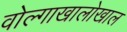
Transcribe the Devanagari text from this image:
वोल्गाखालोखाल